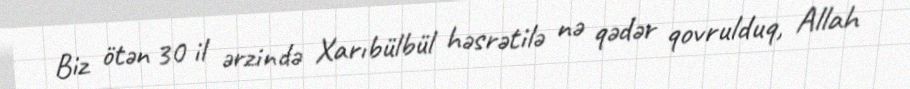
Biz ötən 30 il ərzində Xarıbülbül həsrətilə nə qədər qovrulduq, Allah